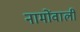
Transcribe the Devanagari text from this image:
नामोंवाली